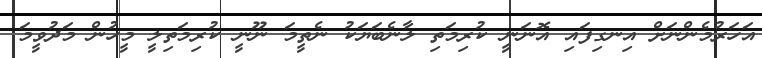
އަހަރުމެންނަށް އިނގިފައި އޮނަނީ ކުރިމަތި ލާނެބަޔަކު ނެތީމަ ނޫނީ ކުރިމަތިލީ މީހުން މަދުވީމަ